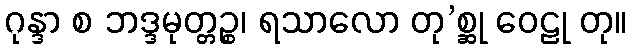
ဂုန္ဒာ စ ဘဒ္ဒမုတ္တဉ္စ၊ ရသာလော တု’စ္ဆု ဝေဠု တု။